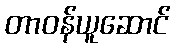
တာဝန်ယူဆောင်